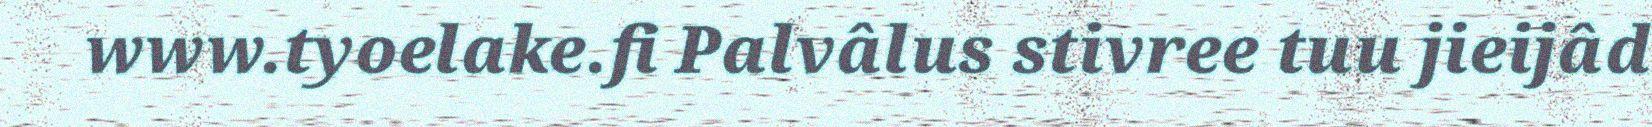
www.tyoelake.fi Palvâlus stivree tuu jieijâd